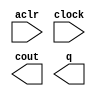
module lpm_counter_2bit (
	aclr,
	clock,
	cout,
	q);

	input	  aclr;
	input	  clock;
	output	  cout;
	output	[1:0]  q;

endmodule